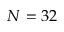
N = 3 2